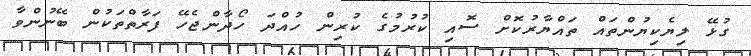
ގުޅޭ ލިޔެކިޔުންތައް ތައްޔާރުކޮށް ސޮއި ކުރުމުގެ ކުރިން ހުއްދަ ހޯދާންޖެހޭ ފަރާތްތަކުން ބޭނުންވާ